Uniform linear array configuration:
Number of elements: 64
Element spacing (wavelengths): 0.25
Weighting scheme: hamming
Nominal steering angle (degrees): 30
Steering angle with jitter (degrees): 30.721
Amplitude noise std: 0.05
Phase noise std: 0.05

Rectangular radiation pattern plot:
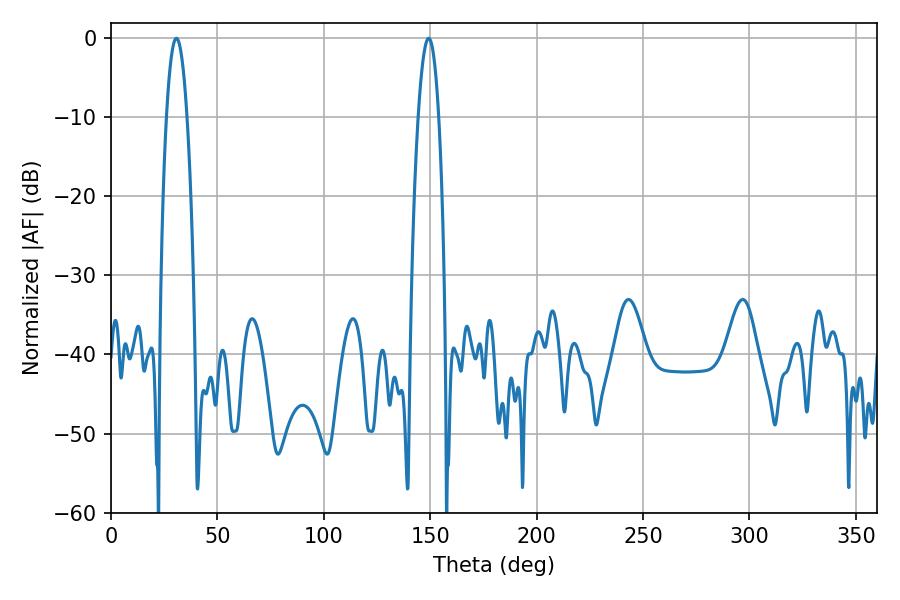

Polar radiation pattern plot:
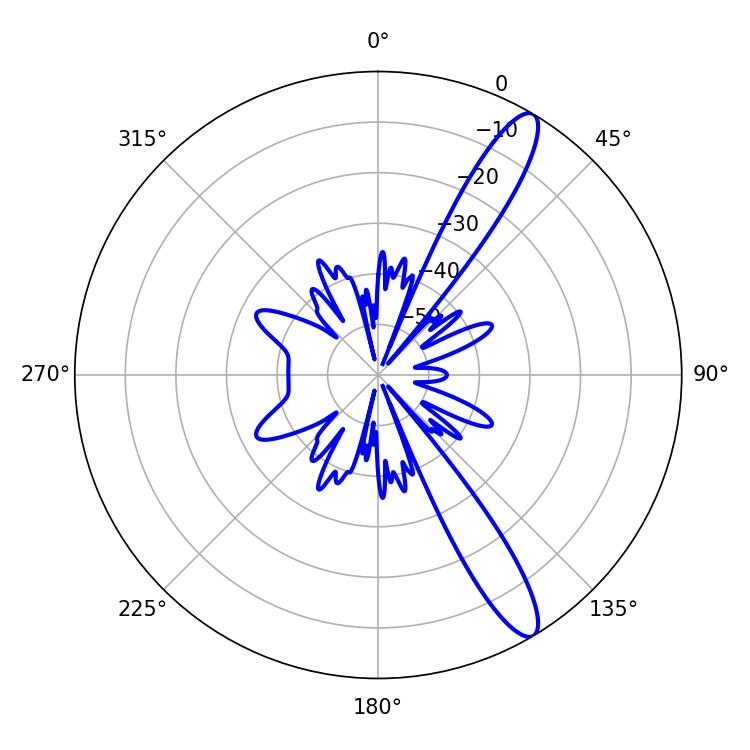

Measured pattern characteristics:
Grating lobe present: FALSE
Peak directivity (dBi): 12.901
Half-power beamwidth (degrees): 5.4
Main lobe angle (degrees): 30.78